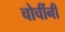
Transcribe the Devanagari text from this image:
चोचींनी